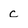
Character: c